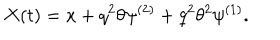
X ( t ) = x + q ^ { 2 } \theta \psi ^ { ( 2 ) } + q ^ { 2 } \theta ^ { 2 } \psi ^ { ( 1 ) } .